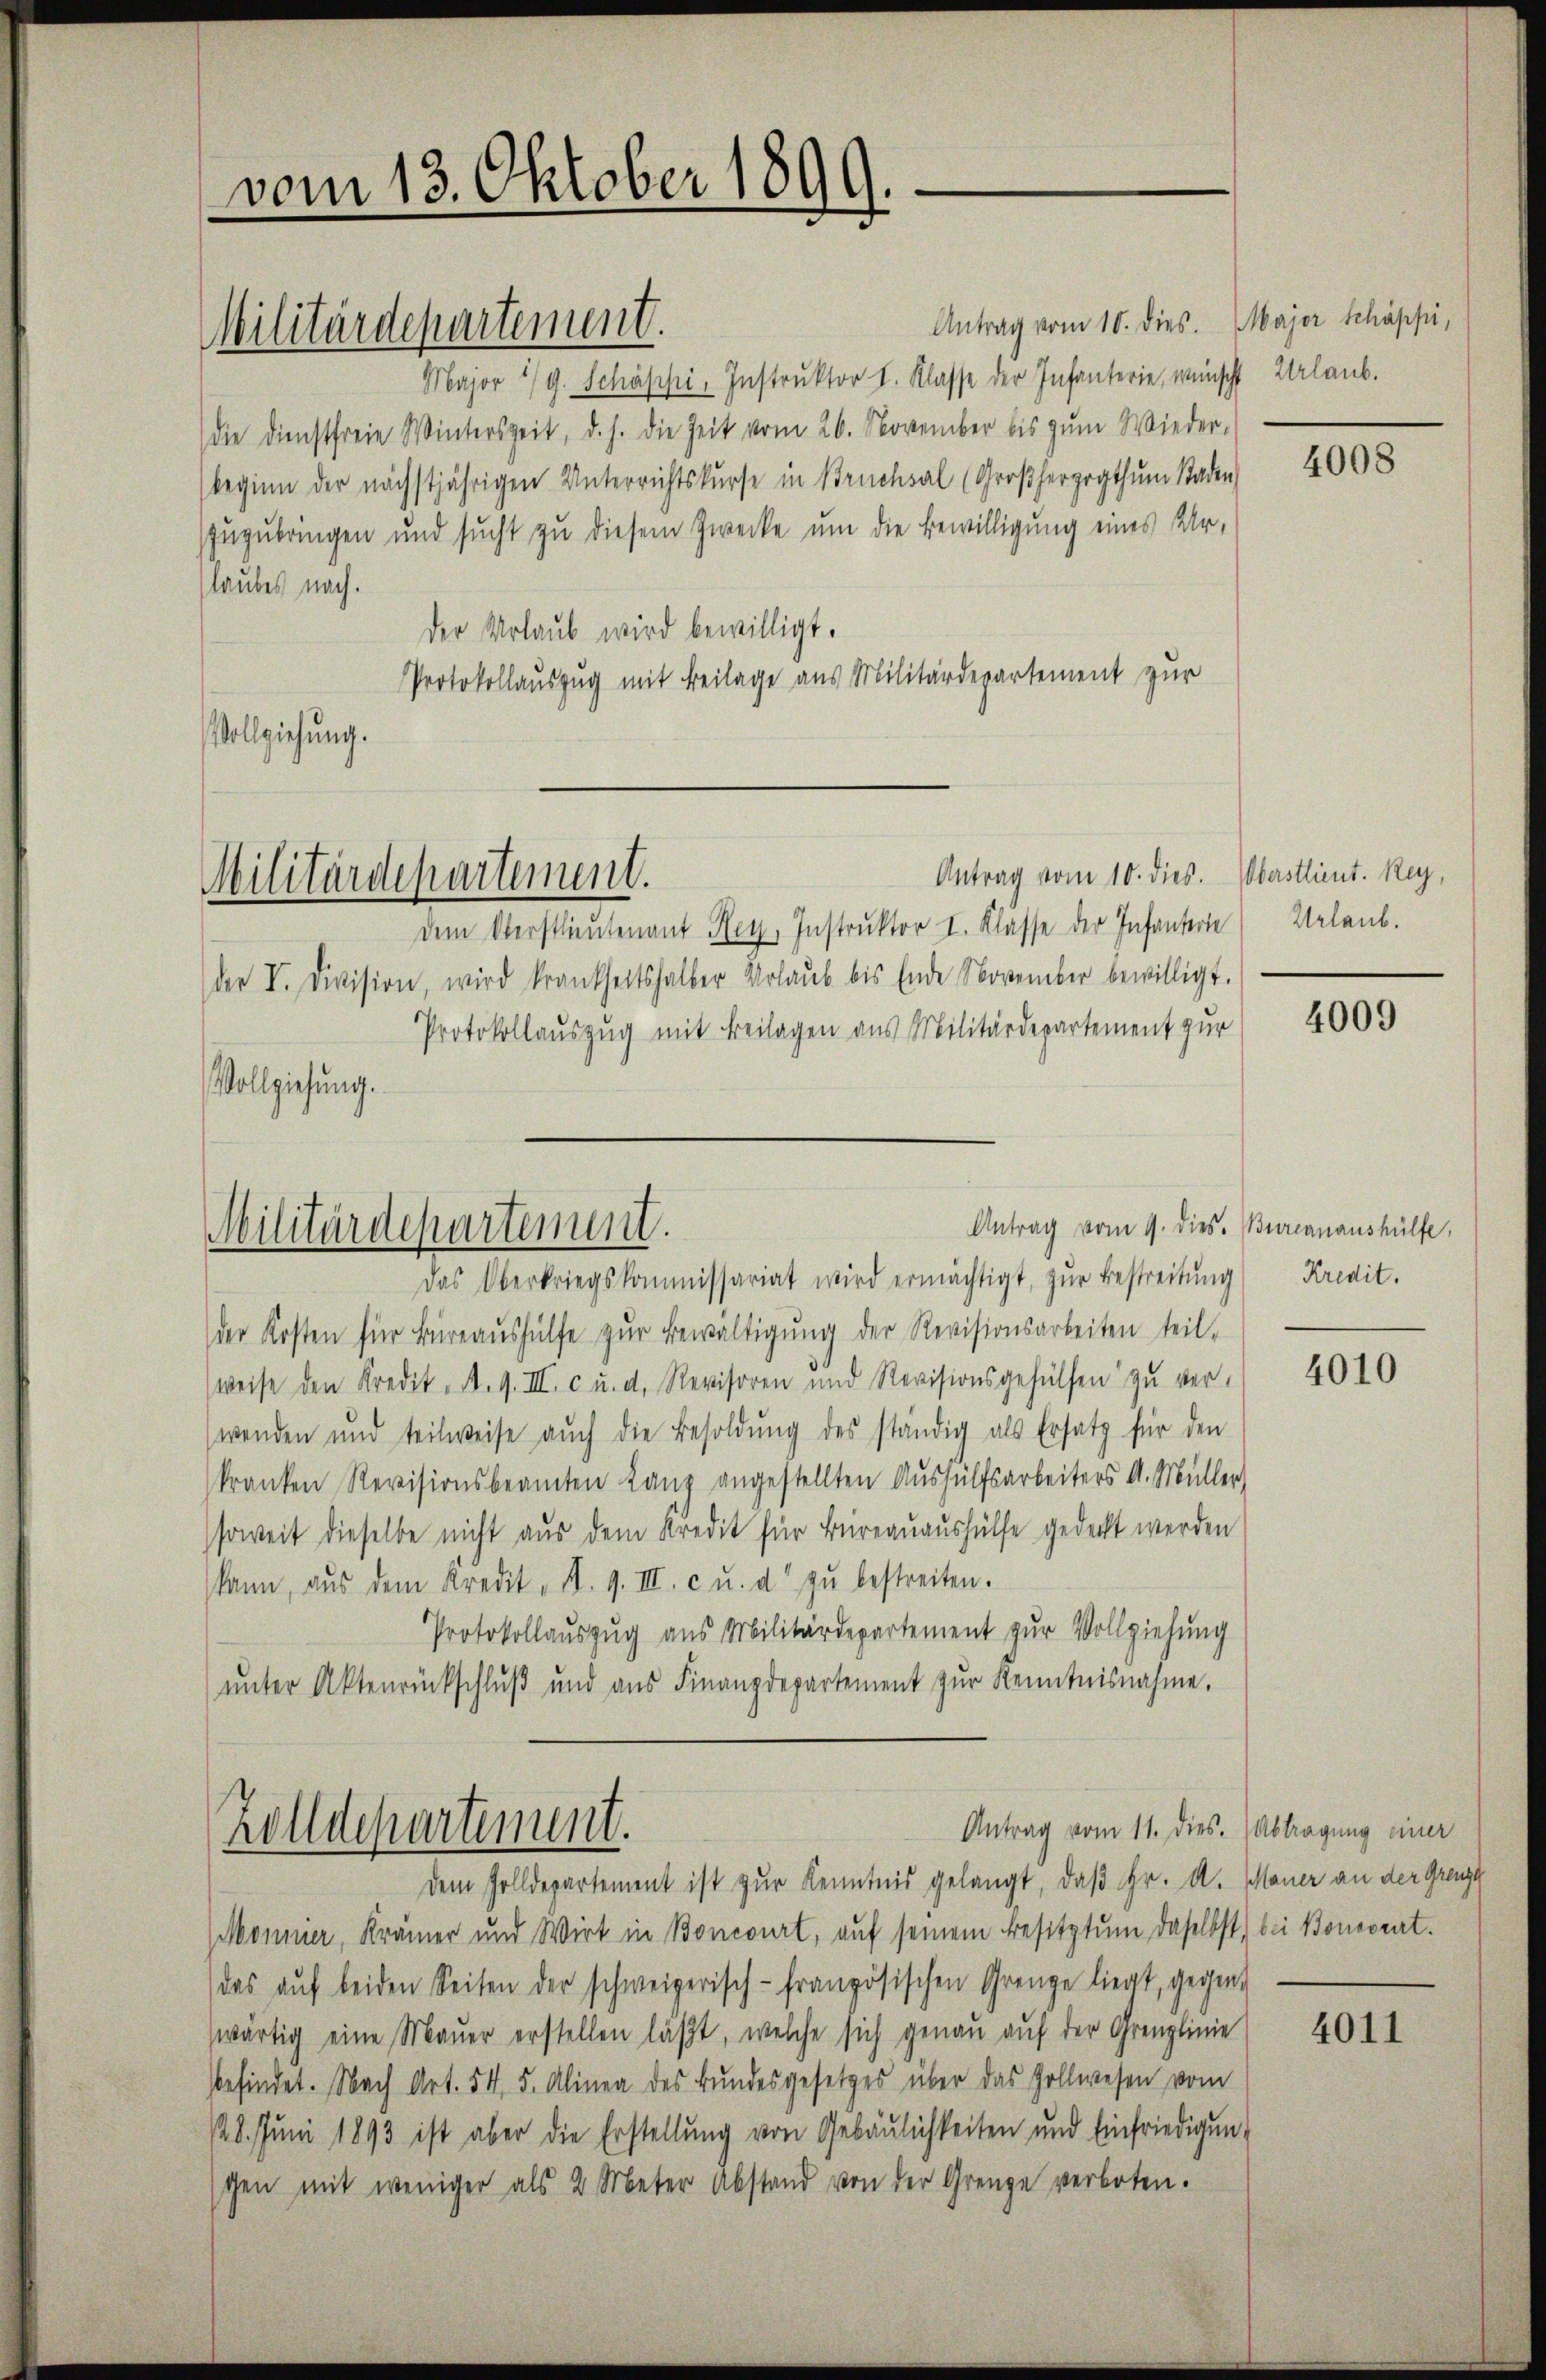
¬
¬

vom 13. Oktober 1899.

Militärdepartement.

Militärdepartement.

Militärdepartement.

Antrag vom 11. dies. (Abtragung einer
Zolldepartement.

Antrag vom 10. dies. Major Schäppi,
Major 1/9. Schäppi, Instruktor I. Klasse der Infanterie, wünscht
die Dienstfreie Winterszeit, d. h. die Zeit vom 26. November bis zum Wieder-
beginn der nächstjährigen Unterrichtskurse in Bruchsal (Großherzogthum Staden
zuzubringen und sucht zu diesem Zwecke um die Bewilligung eines Urlaubes nach.
der Urlaub wird bewilligt.
Protokollauszug mit Beilage aus Militärdepartement zur
Vollziehung.

Antrag vom 10. dies. Überstlieut. Rey,
dem Oberstlieutenant Rey Instruktor I. Klasse der Infanterie
der II. Division, wird krankheitshalber Urlaŭb bis Ende November bewilligt.
Protokollauszug mit Beilagen aus Militärdepartement zur
Vollziehung.
Antrag vom 9. dies. Burcanaushülfe,
Das Oberkriegskommissariat wird ermächtigt, zŭr Bestreitŭng
der Kosten für Büreaŭshülfe zŭr Bewaltigŭng der Revisionsarbeiten teil-
weise den Kredit. A. 9. III. c u. d. Revisoren und Revisionsgehülfen zŭ ver-
wenden und teilweise aŭch die Besoldŭng des ständig als Ersatz für den
kranken Revisionsbeamten Lanz angestellten Aushülfsarbeiters A. Müller)
soweit dieselbe nicht aus dem Kredit für Büreauaushülfe gedeckt werden
kann, aŭs dem Kredit, d. 9. III. c u. a. zŭ bestreiten.
Protokollauszug aus Militärdepartement zur Vollziehung
ŭnter Aktenrückschlŭβ und aŭs Finanzdepartement zŭr Kenntnisnahme.

dem Zolldepartement ist zur Kenntnis gelangt, daß Hr. A. Mauer an der Grenze
Mominer, Krämer und Wirt in Boncourt, auf seinem Besitztum daselbst) bei Bonsorat.
das aŭf beiden Seiten der schweizerisch-französischen Grenze liegt, gegen
wärtig eine Mauer erstellen läßt, welche sich genau auf der Grenzlinie
befindet. Nach Art. 54. 5. Alinea des Bundesgesetzes über das Zollwesen vom
128. Jŭni 1893 ist aber die Erstellŭng von Gebäŭlichkeiten und Einfriedigŭng
tchen mit weniger als 2 Meter Abstand von der Grenze verboten.

Urlaub.

4008

Urlaub.

4009

Kredit.

4010

4011